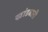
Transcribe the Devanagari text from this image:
खांडबारी